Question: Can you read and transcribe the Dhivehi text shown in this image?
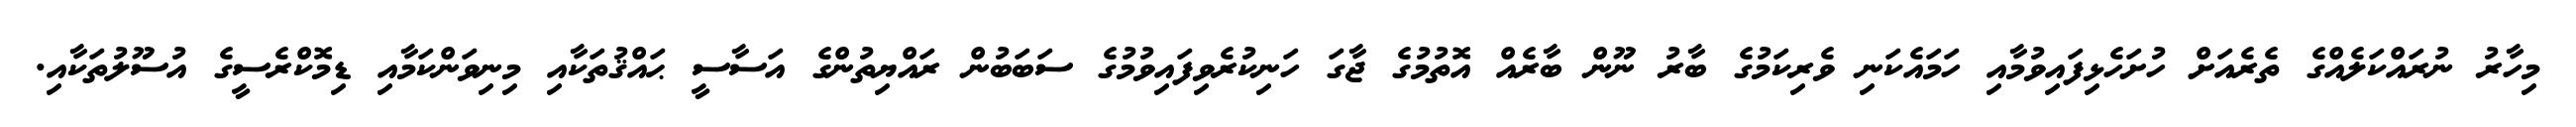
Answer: މިހާރު ނުރައްކަލެއްގެ ތެރެއަށް ހުށަހެޅިފައިވުމާއި ހަމައެކަނި ވެރިކަމުގެ ބާރު ނޫން ބާރެއް އޮތުމުގެ ޖާގަ ހަނިކުރެވިފައިވުމުގެ ސަބަބުން ރައްޔިތުންގެ އަސާސީ ޙައްޤުތަކާއި މިނިވަންކަމާއި ޑިމޮކްރެސީގެ އުސޫލުތަކާއި.